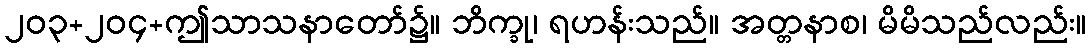
၂၀၃+၂၀၄+ဤသာသနာတော်၌။ ဘိက္ခု၊ ရဟန်းသည်။ အတ္တနာစ၊ မိမိသည်လည်း။